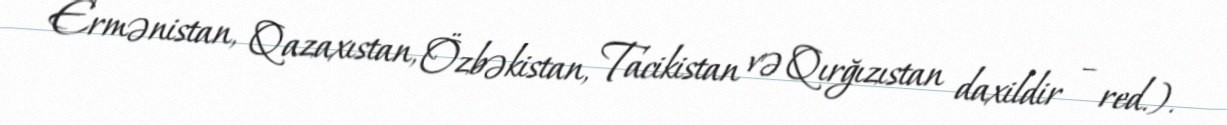
Ermənistan, Qazaxıstan, Özbəkistan, Tacikistan və Qırğızıstan daxildir – red.).